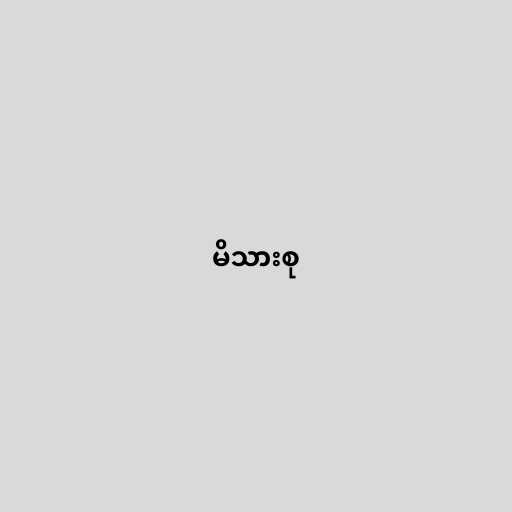
မိသားစု